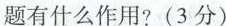
题有什么作用?(3分)